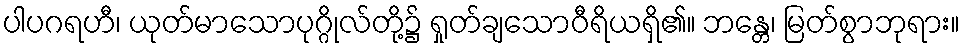
ပါပဂရဟီ၊ ယုတ်မာသောပုဂ္ဂိုလ်တို့၌ ရှုတ်ချသောဝီရိယရှိ၏။ ဘန္တေ၊ မြတ်စွာဘုရား။